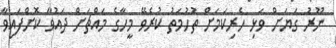
ނޫރު ގަޔަށް ވަޅި ހެރިކަމަށް ތުހުމަތު ކުރެވޭ މީހާގެ މައްޗަށް ދައުވާ ކޮށްފައިވާ